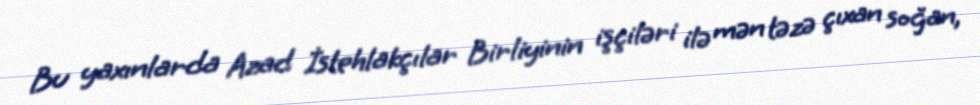
Bu yaxınlarda Azad İstehlakçılar Birliyinin işçiləri ilə mən təzə çıxan soğan,